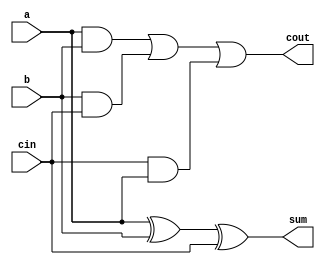
// Code your design here
`default_nettype none
module one_bit_adder(
  			
  			input wire a,
            input wire b,
            input wire cin,
            output reg sum,
            output reg cout);
  
  always@(*) begin
      sum=a ^ b ^ cin;
    cout=(a & b) | (b & cin) | (cin & a);
    
  end
   
  
endmodule